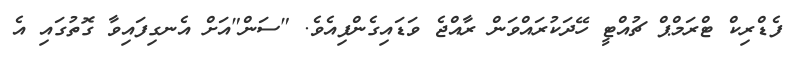
ފެޑްރިކް ޓްރަމްޕް ޗުއްޓީ ހޭދަކުރައްވަން ރާއްޖެ ވަޑައިގެންފިއެވެ. "ސަން"އަށް އެނގިފައިވާ ގޮތުގައި އެ